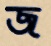
জ